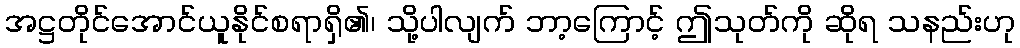
အဋ္ဌတိုင်အောင်ယူနိုင်စရာရှိ၏၊ သို့ပါလျက် ဘာ့ကြောင့် ဤသုတ်ကို ဆိုရ သနည်းဟု